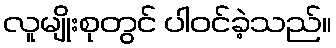
လူမျိုးစုတွင် ပါဝင်ခဲ့သည်။